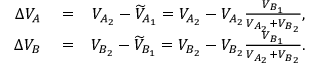
\begin{array} { r l r } { \Delta { V } _ { A } } & { { } = } & { { V } _ { A _ { 2 } } - \widetilde { V } _ { A _ { 1 } } = { V } _ { A _ { 2 } } - { V } _ { A _ { 2 } } \frac { V _ { B _ { 1 } } } { { V } _ { A _ { 2 } } + { V } _ { B _ { 2 } } } , } \\ { \Delta { V } _ { B } } & { { } = } & { { V } _ { B _ { 2 } } - \widetilde { V } _ { B _ { 1 } } = { V } _ { B _ { 2 } } - { V } _ { B _ { 2 } } \frac { V _ { B _ { 1 } } } { { V } _ { A _ { 2 } } + { V } _ { B _ { 2 } } } . } \end{array}